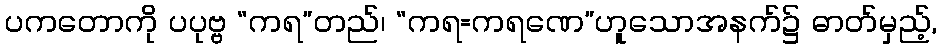
ပကတောကို ပပုဗ္ဗ “ကရ”တည်၊ “ကရ=ကရဏေ”ဟူသောအနက်၌ ဓာတ်မှည့်,